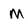
Character: M